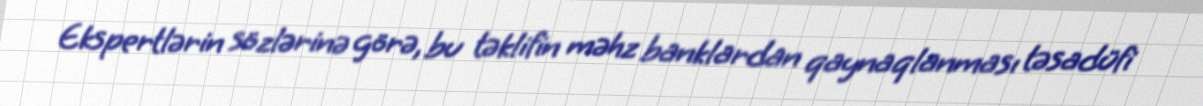
Ekspertlərin sözlərinə görə, bu təklifin məhz banklardan qaynaqlanması təsadüfi